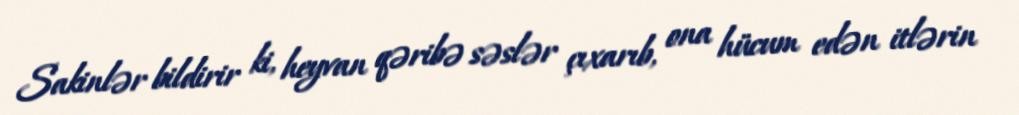
Sakinlər bildirir ki, heyvan qəribə səslər çıxarıb, ona hücum edən itlərin